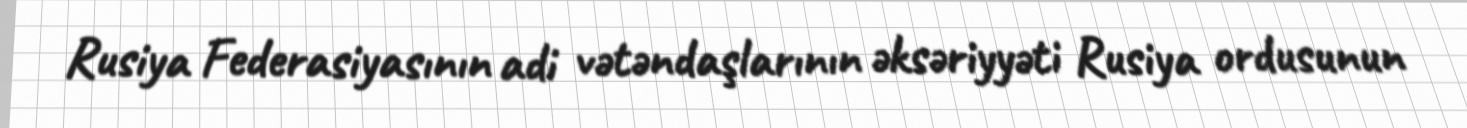
Rusiya Federasiyasının adi vətəndaşlarının əksəriyyəti Rusiya ordusunun